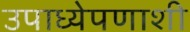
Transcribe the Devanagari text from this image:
उपाध्येपणाशी